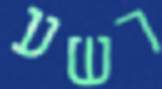
רשע